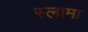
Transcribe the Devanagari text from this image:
स्लामा